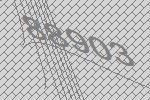
88903